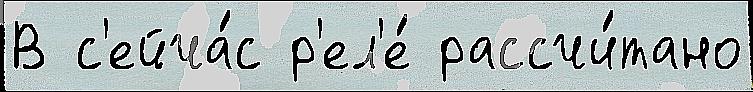
В с'ейча́с р'ел'е́ рассчи́тано